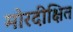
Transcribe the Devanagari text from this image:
मोरदीक्षित